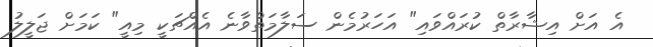
އެ އަށް އިޝާރާތް ކުރައްވައި" އަހަރުމެން ސަލާމަތްވާނެ އެއްޗަކީ މިއީ" ކަމަށް ޖަލީލު